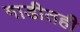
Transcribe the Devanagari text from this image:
गाडीतही